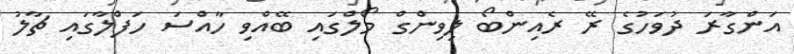
އަންގާރަ ދުވަހުގެ ރޭ ރެއިންބޯ ލިވިންގް މޯލްގައި ބޭއްވި ހާއްސަ ހަފްލާގައި ޗާލު